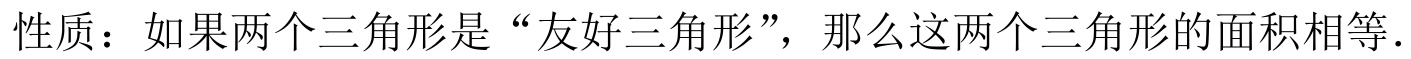
性质：如果两个三角形是“友好三角形”，那么这两个三角形的面积相等.